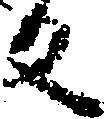
反